Mental hospitals Bombay report 1921-28 - 1921-1928
Year: 1921
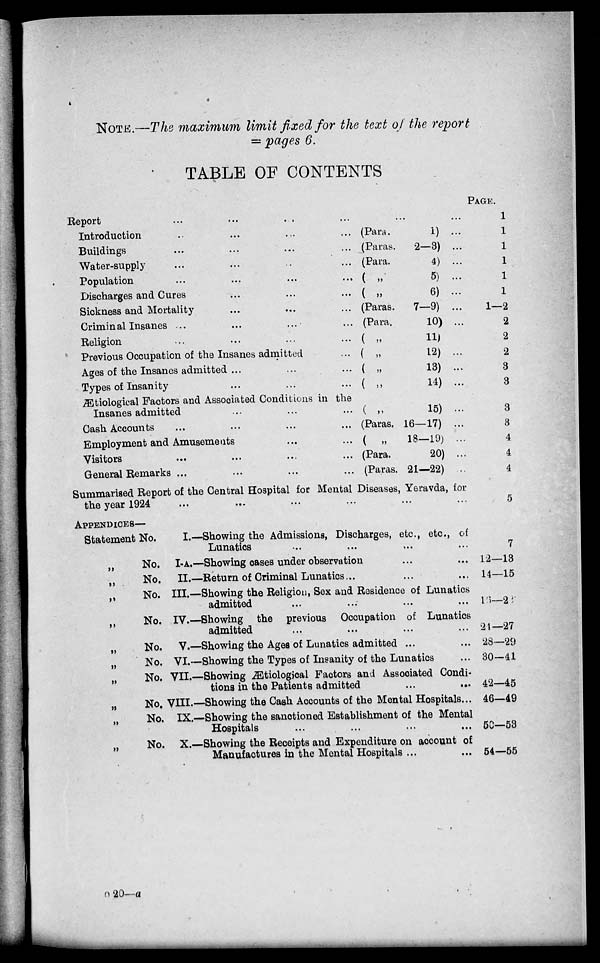
NOTE.—The maximum limit fixed for the text of the report
= pages 6.
TABLE OF CONTENTS
Report ... ... ... ...
Introduction ... ... ... ...
Buildings ... ... ... ...
Water-supply ... ... ... ...
Population ... ... ... ...
Discharges and Cures ... ... ...
Sickness and Mortality ... ... ...
Criminal Insanes ... ... ... ...
Religion ... ... ... ...
Previous Occupation of the Insanes admitted ...
Ages of the Insanes admitted ... ... ...
Types of Insanity ... ... ...
Ætiological Factors and Associated Conditions in the
Insanes admitted ... ... ...
Cash Accounts ... ... ... ...
Employment and Amusements ... ...
Visitors ... ... ... ...
General Remarks ... ... ... ...
(Para.
1) ...
(Paras.
2—3) ...
(Para.
4) ...
( „
5) ...
( „
6) ...
(Paras.
7—9) ...
(Para.
10) ...
(
„
11)
( „
12) ...
( „
13) ...
( „
14)
...
( „
15) ...
(Paras. 16—17) ...
( „
18-19) ...
(Para.
20) ...
(Paras. 21—22) ...
Summarised Report of the Central Hospital for Mental Diseases, Yeravda, for
the year 1924 ... ... ... ...
PAGE.
1
1
1
1
1
1
1—2
2
2
2
3
3
3
3
4
4
4
5
APPENDICES—
Statement No.
I.—Showing the Admissions, Discharges, etc., etc., of
Lunatics ... ... ... ...
„
No. I-A.—Showing cases under observation ... ...
„
No. II.—Return of Criminal Lunatics ... ... ...
„
No. III.—Showing the Religion, Sex and Residence of Lunatics
admitted ... ... ... ...
„
No. IV.—Showing the previous Occupation of Lunatics
admitted ... ... ... ...
„
No. V.—Showing the Ages of Lunatics admitted ... ...
„
No. VI.—Showing the Types of Insanity of the Lunatics ...
„
No. VII.—Showing Ætiological Factors and Associated Condi-
tions in the Patients admitted ... ...
„ No. VIII.—Showing the Cash Accounts of the Mental Hospitals ...
„
No. IX.—Showing the sanctioned Establishment of the Mental
Hospitals ... ... ... ...
„
No. X.—Showing the Receipts and Expenditure on account of
Manufactures in the Mental Hospitals ... ...
7
12—13
14—15
16—23
24—27
28—29
30—41
42—45
46—49
50—53
54—55
o 20—a